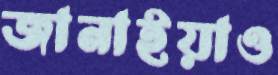
জানাইয়াও